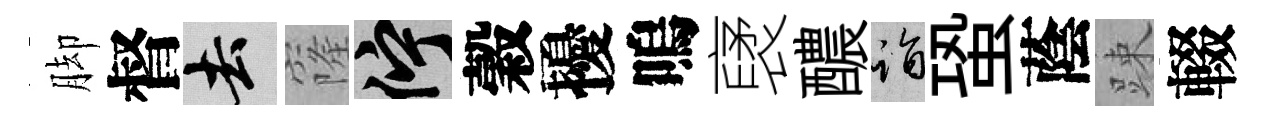
脚督去窿伫穀擾嗚裦醲诣蛩蔭踈輟